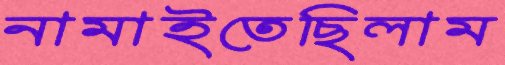
নামাইতেছিলাম